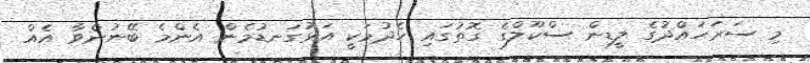
މި ސަރަހައްދުގެ ލީޑިން ސްކޫލްގެ ގޮތުގައި ހެދުމަކީ އަޅުގަނޑުމެން އެންމެ ބޭނުންވާ އެއް